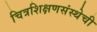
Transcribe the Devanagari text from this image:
चित्रशिक्षणसंस्थेची